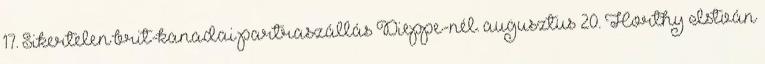
17. Sikertelen brit-kanadai partraszállás Dieppe-nél. augusztus 20. Horthy István